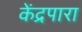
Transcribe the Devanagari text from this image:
केंद्रपारा